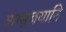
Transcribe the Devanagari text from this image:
शास्त्रज्ञयानि